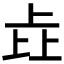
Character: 𰀎